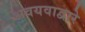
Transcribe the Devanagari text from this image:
अवयवाद्वारे